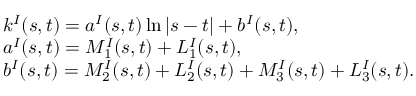
\begin{array} { r l } & { k ^ { I } ( s , t ) = a ^ { I } ( s , t ) \ln | s - t | + b ^ { I } ( s , t ) , } \\ & { a ^ { I } ( s , t ) = M _ { 1 } ^ { I } ( s , t ) + L _ { 1 } ^ { I } ( s , t ) , } \\ & { b ^ { I } ( s , t ) = M _ { 2 } ^ { I } ( s , t ) + L _ { 2 } ^ { I } ( s , t ) + M _ { 3 } ^ { I } ( s , t ) + L _ { 3 } ^ { I } ( s , t ) . } \end{array}